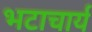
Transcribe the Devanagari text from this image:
भटाचार्य